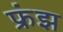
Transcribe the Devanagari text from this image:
फ्रंझ